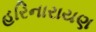
હરિનારાયણ